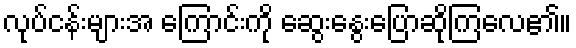
လုပ်ငန်းများအ ကြောင်းကို ဆွေးနွေးပြောဆိုကြလေ၏။